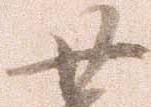
廿